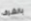
بالشرف